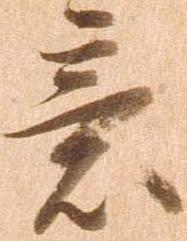
意